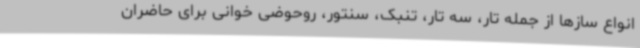
انواع سازها از جمله تار، سه تار، تنبک، سنتور، روحوضی خوانی برای حاضران